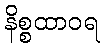
နိစ္စထာဝရ